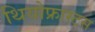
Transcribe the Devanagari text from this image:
थियोफ्रास्टस